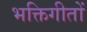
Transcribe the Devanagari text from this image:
भक्तिगीतों